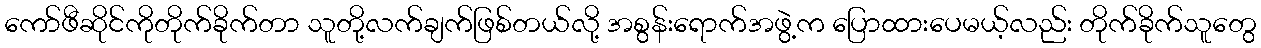
ကော်ဖီဆိုင်ကိုတိုက်ခိုက်တာ သူတို့လက်ချက်ဖြစ်တယ်လို့ အစွန်းရောက်အဖွဲ့က ပြောထားပေမယ့်လည်း တိုက်ခိုက်သူတွေ